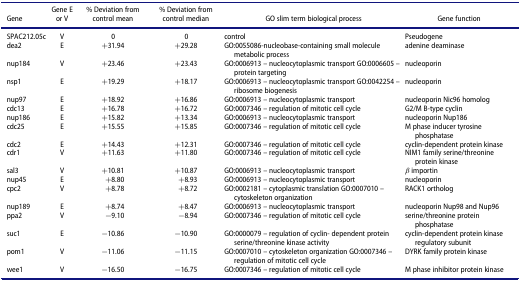
<table><thead><tr><td><b>Gene</b></td><td><b>Gene E or V</b></td><td><b>% Deviation from control mean</b></td><td><b>% Deviation from control median</b></td><td><b>GO slim term biological process</b></td><td><b>Gene function</b></td></tr></thead><tbody><tr><td>SPAC212.05c</td><td>V</td><td>0</td><td>0</td><td>control</td><td>Pseudogene</td></tr><tr><td>dea2</td><td>E</td><td>+31.94</td><td>+29.28</td><td>GO:0055086-nucleobase-containing small molecule metabolic process</td><td>adenine deaminase</td></tr><tr><td>nup184</td><td>V</td><td>+23.46</td><td>+23.43</td><td>GO:0006913 – nucleocytoplasmic transport GO:0006605 – protein targeting</td><td>nucleoporin</td></tr><tr><td>nsp1</td><td>E</td><td>+19.29</td><td>+18.17</td><td>GO:0006913 – nucleocytoplasmic transport GO:0042254 – ribosome biogenesis</td><td>nucleoporin</td></tr><tr><td>nup97</td><td>E</td><td>+18.92</td><td>+16.86</td><td>GO:0006913 – nucleocytoplasmic transport</td><td>nucleoporin Nic96 homolog</td></tr><tr><td>cdc13</td><td>E</td><td>+16.78</td><td>+16.72</td><td>GO:0007346 – regulation of mitotic cell cycle</td><td>G2/M B-type cyclin</td></tr><tr><td>nup186</td><td>E</td><td>+15.82</td><td>+13.34</td><td>GO:0006913 – nucleocytoplasmic transport</td><td>nucleoporin Nup186</td></tr><tr><td>cdc25</td><td>E</td><td>+15.55</td><td>+15.85</td><td>GO:0007346 – regulation of mitotic cell cycle</td><td>M phase inducer tyrosine phosphatase</td></tr><tr><td>cdc2</td><td>E</td><td>+14.43</td><td>+12.31</td><td>GO:0007346 – regulation of mitotic cell cycle</td><td>cyclin-dependent protein kinase</td></tr><tr><td>cdr1</td><td>V</td><td>+11.63</td><td>+11.80</td><td>GO:0007346 – regulation of mitotic cell cycle</td><td>NIM1 family serine/threonine protein kinase</td></tr><tr><td>sal3</td><td>V</td><td>+10.81</td><td>+10.87</td><td>GO:0006913 – nucleocytoplasmic transport</td><td>β importin</td></tr><tr><td>nup45</td><td>E</td><td>+8.80</td><td>+8.93</td><td>GO:0006913 – nucleocytoplasmic transport</td><td>nucleoporin</td></tr><tr><td>cpc2</td><td>V</td><td>+8.78</td><td>+8.72</td><td>GO:0002181 – cytoplasmic translation GO:0007010 – cytoskeleton organization</td><td>RACK1 ortholog</td></tr><tr><td>nup189</td><td>E</td><td>+8.74</td><td>+8.47</td><td>GO:0006913 – nucleocytoplasmic transport</td><td>nucleoporin Nup98 and Nup96</td></tr><tr><td>ppa2</td><td>V</td><td>−9.10</td><td>−8.94</td><td>GO:0007346 – regulation of mitotic cell cycle</td><td>serine/threonine protein phosphatase</td></tr><tr><td>suc1</td><td>E</td><td>−10.86</td><td>−10.90</td><td>GO:0000079 – regulation of cyclin- dependent protein serine/threonine kinase activity</td><td>cyclin-dependent protein kinase regulatory subunit</td></tr><tr><td>pom1</td><td>V</td><td>−11.06</td><td>−11.15</td><td>GO:0007010 – cytoskeleton organization GO:0007346 – regulation of mitotic cell cycle</td><td>DYRK family protein kinase</td></tr><tr><td>wee1</td><td>V</td><td>−16.50</td><td>−16.75</td><td>GO:0007346 – regulation of mitotic cell cycle</td><td>M phase inhibitor protein kinase</td></tr></tbody></table>